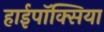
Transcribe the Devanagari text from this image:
हाईपॉक्सिया